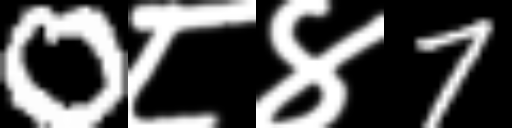
Text: 0८४7